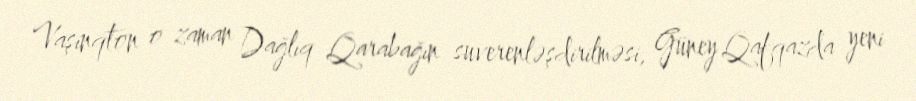
Vaşinqton o zaman Dağlıq Qarabağın suverenləşdirilməsi, Güney Qafqazda yeni